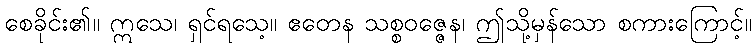
စေခိုင်း၏။ ဣသေ၊ ရှင်ရသေ့။ ဧတေန သစ္စဝဇ္ဇေန၊ ဤသို့မှန်သော စကားကြောင့်။